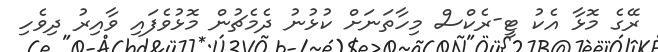
ރޭގެ މޮޅާ އެކު ޓީ-ރެކްސް މިހާތަނަށް ކުޅުނު ދެމެޗުން މޮޅުވެފައި ވާއިރު ދިވެހި